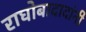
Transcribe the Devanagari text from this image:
राघोबादादांनी